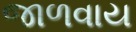
જાળવાય